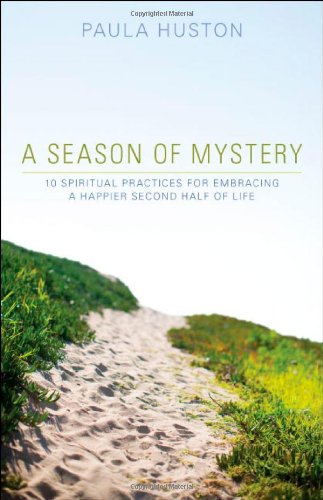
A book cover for A Season of Mystery: 10 Spiritual Practices for Embracing a Happier Second Half of Life; Paula Huston; Christian Books & Bibles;